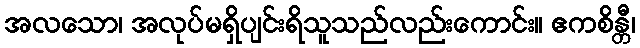
အလသော၊ အလုပ်မရှိပျင်းရိသူသည်လည်းကောင်း။ ဧကစိန္တီ၊